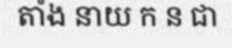
តាំង នាយ ក ន ជា